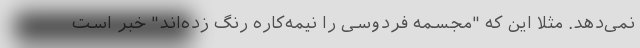
نمی‌دهد. مثلا این که "مجسمه فردوسی را نیمه‌کاره رنگ زده‌اند" خبر است